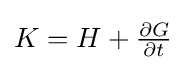
{\textstyle K=H+{\frac {\partial G}{\partial t}}}